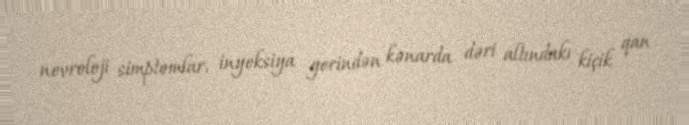
nevroloji simptomlar, inyeksiya yerindən kənarda dəri altındakı kiçik qan